Scottish Certificate of Education, 1962
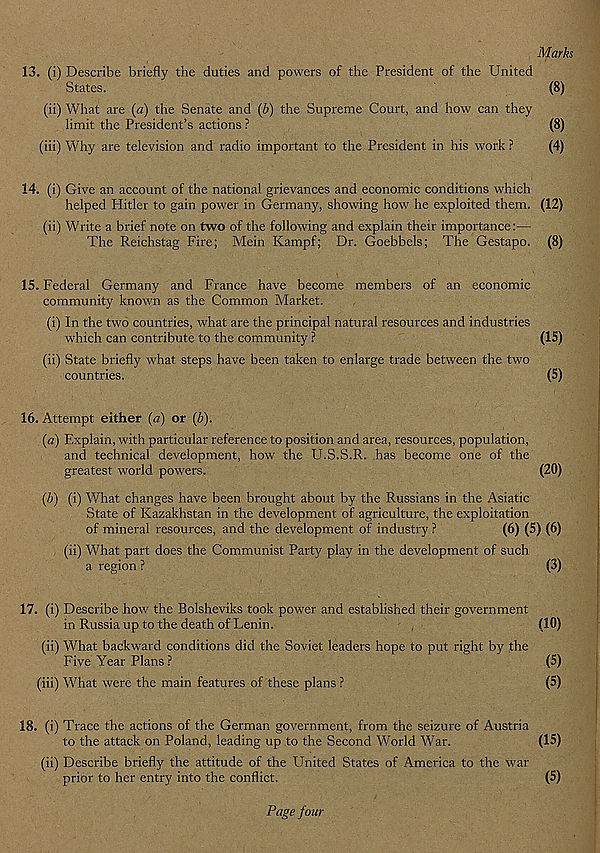
Marks
13. (i) Describe briefly the duties and powers of the President of the United
States.
(8)
(ii) What are (a) the Senate and (b) the Supreme Court, and how can they
limit the President’s actions ?
(8)
(iii) Why are television and radio important to the President in his work ?
(4)
14. (i) Give an account of the national grievances and economic conditions which
helped Hitler to gain power in Germany, showing how he exploited them. (12)
(ii) Write a brief note on two of the following and explain their importance:—
The Reichstag Fire; Mein Kampf; Dr. Goebbels; The Gestapo. (8)
15. Federal Germany and France have become members of an economic
community known as the Common Market.
(i) In the two countries, what are the principal natural resources and industries
which can contribute to the community ?
(15)
(ii) State briefly what steps have been taken to enlarge trade between the two
countries.
(5)
16. Attempt either (a) or (b).
(a) Explain, with particular reference to position and area, resources, population,
and technical development, how the U.S.S.R. has become one of the
greatest world powers.
(20)
(b) (i) What changes have been brought about by the Russians in the Asiatic
State of Kazakhstan in the development of agriculture, the exploitation
of mineral resources, and the development of industry ?
(6) (5) (6)
(ii) What part does the Communist Party play in the development of such
a region ?
(3)
17. (i) Describe how the Bolsheviks took power and established their government
in Russia up to the death of Lenin.
(10)
(ii) What backward conditions did the Soviet leaders hope to put right by the
Five Year Plans ?
(5)
(iii) What were the main features of these plans ?
(5)
18. (i) Trace the actions of the German government, from the seizure of Austria
to the attack on Poland, leading up to the Second World War.
(15)
(ii) Describe briefly the attitude of the United States of America to the war
prior to her entry into the conflict.
(5)
Page four